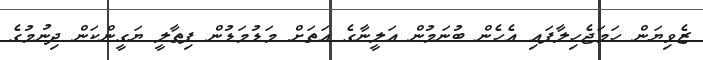
ޒެވިޔަން ހަމަޖެހިލާފައި އެހެން ބުނަމުން އަލީނާގެ އަތަށް މަޑުމަޑުން ފިތާލީ ޔަގީންކަން ދިނުމުގެ